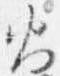
火